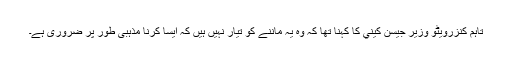
تاہم کنزرویٹو وزیر جیسن كیني کا کہنا تھا کہ وہ یہ ماننے کو تیار نہیں ہیں کہ ایسا کرنا مذہبی طور پر ضروری ہے۔